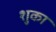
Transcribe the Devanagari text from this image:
शुका